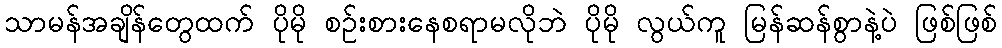
သာမန်အချိန်တွေထက် ပိုမို စဉ်းစားနေစရာမလိုဘဲ ပိုမို လွယ်ကူ မြန်ဆန်စွာနဲ့ပဲ ဖြစ်ဖြစ်